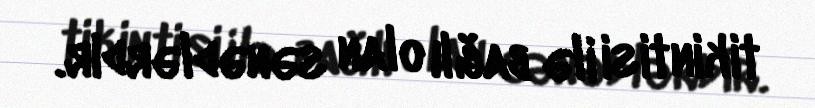
tikintisi ilə bağlı olan sənədlərdir.